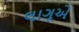
લાગૂએ